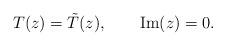
LaTeX: \begin{align*}T(z) = \tilde T(z), \qquad {\rm Im}(z)=0. \end{align*}